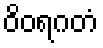
ဝိဝရဂတံ